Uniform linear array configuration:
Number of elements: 64
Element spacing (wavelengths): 0.25
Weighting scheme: hann
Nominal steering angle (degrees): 15
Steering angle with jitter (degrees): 14.37
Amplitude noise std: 0.05
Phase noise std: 0.05

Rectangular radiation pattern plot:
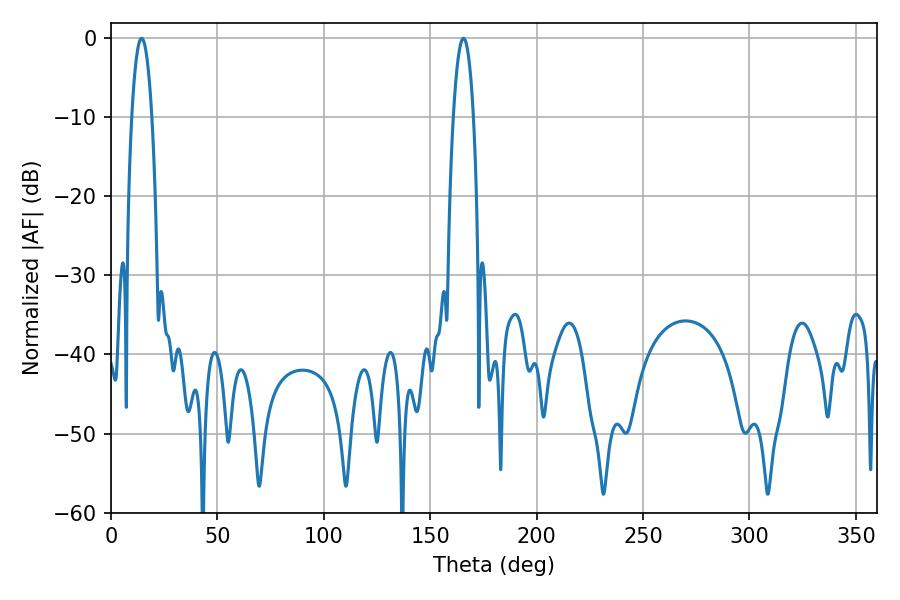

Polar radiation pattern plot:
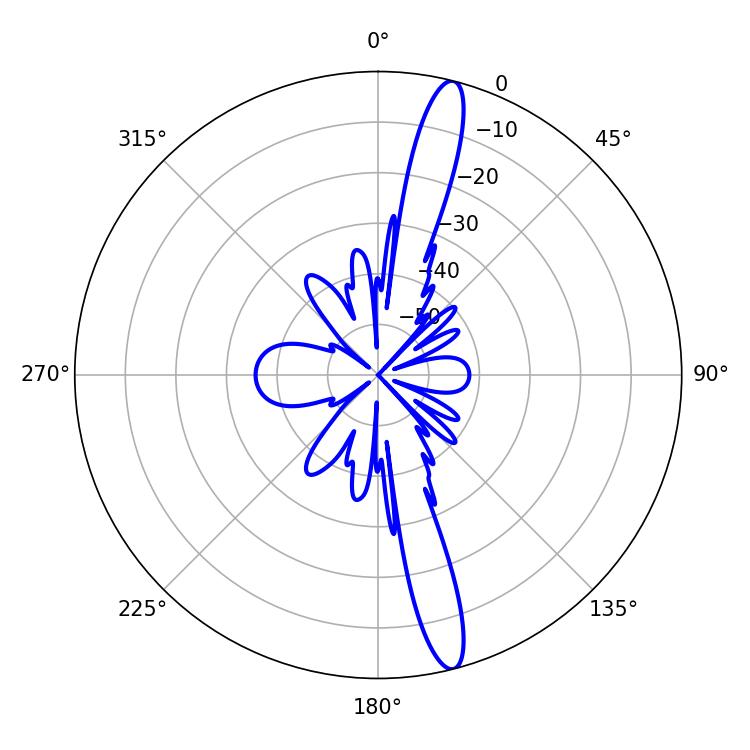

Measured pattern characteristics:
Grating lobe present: FALSE
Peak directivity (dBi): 16.113
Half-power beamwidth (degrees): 5.4
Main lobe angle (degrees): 14.4